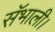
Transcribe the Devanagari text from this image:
सॅभाली।